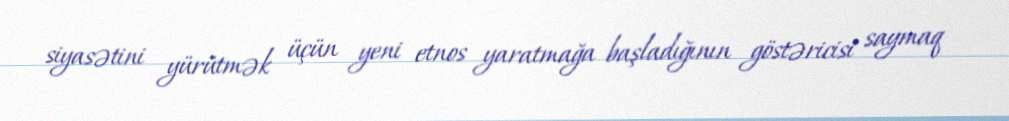
siyasətini yürütmək üçün yeni etnos yaratmağa başladığının göstəricisi saymaq